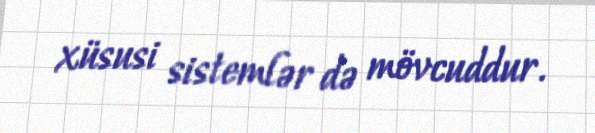
xüsusi sistemlər də mövcuddur.